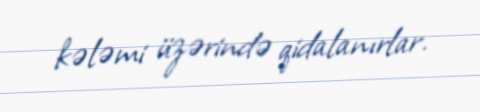
kələmi üzərində qidalanırlar.